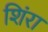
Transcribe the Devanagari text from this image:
शिंरा